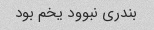
بندری نبوود یخم بود